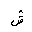
Letter: _shin